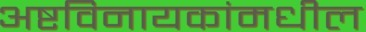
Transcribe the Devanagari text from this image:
अष्टविनायकांमधील